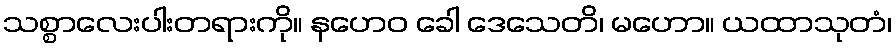
သစ္စာလေးပါးတရားကို။ နဟေဝ ခေါ ဒေသေတိ၊ မဟော။ ယထာသုတံ၊